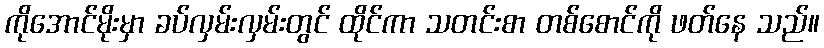
ကိုအောင်မိုးမှာ ခပ်လှမ်းလှမ်းတွင် ထိုင်ကာ သတင်းစာ တစ်စောင်ကို ဖတ်နေ သည်။